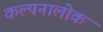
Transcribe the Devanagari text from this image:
कल्पनालोक